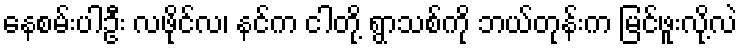
နေစမ်းပါဦး လဖိုင်လ၊ နင်က ငါတို့ ရွာသစ်ကို ဘယ်တုန်းက မြင်ဖူးလို့လဲ